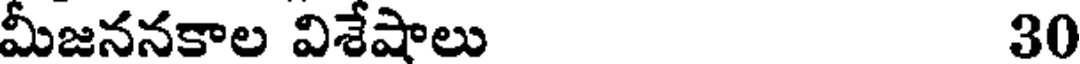
మీజననకాల విశేషాలు 30